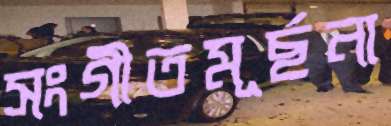
সংগীতমূর্ছনা